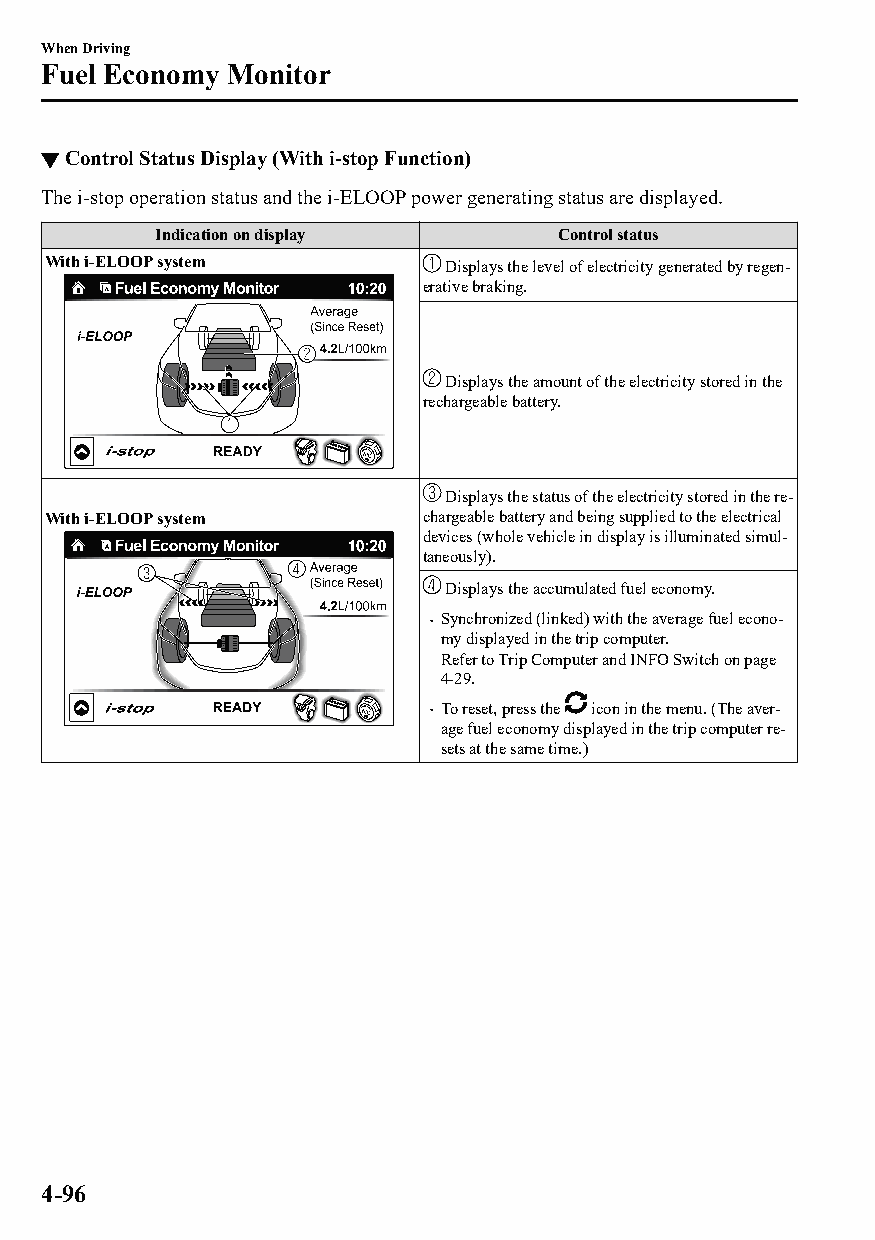
When Driving
 Fuel Economy Monitor
 ▼Control Status Display (With i-stop Function)
 The i-stop operation status and the i-ELOOP power generating status are displayed.
 Indication on display      Control status
 With i-ELOOP system       Displays the level of electricity generated by regen‐
 erative braking.
 Displays the amount of the electricity stored in the
 rechargeable battery.
 Displays the status of the electricity stored in the re‐
 With i-ELOOP system      chargeable battery and being supplied to the electrical
 devices (whole vehicle in display is illuminated simul‐
 taneously).
 Displays the accumulated fuel economy.
  Synchronized (linked) with the average fuel econo‐
 my displayed in the trip computer.
 Refer to Trip Computer and INFO Switch on page
 4-29.
  To reset, press the icon in the menu. (The aver‐
 age fuel economy displayed in the trip computer re‐
 sets at the same time.)
 4-96
 CX-3_8GT4-EE-18D_Edition4                  2018-9-6 18:32:19